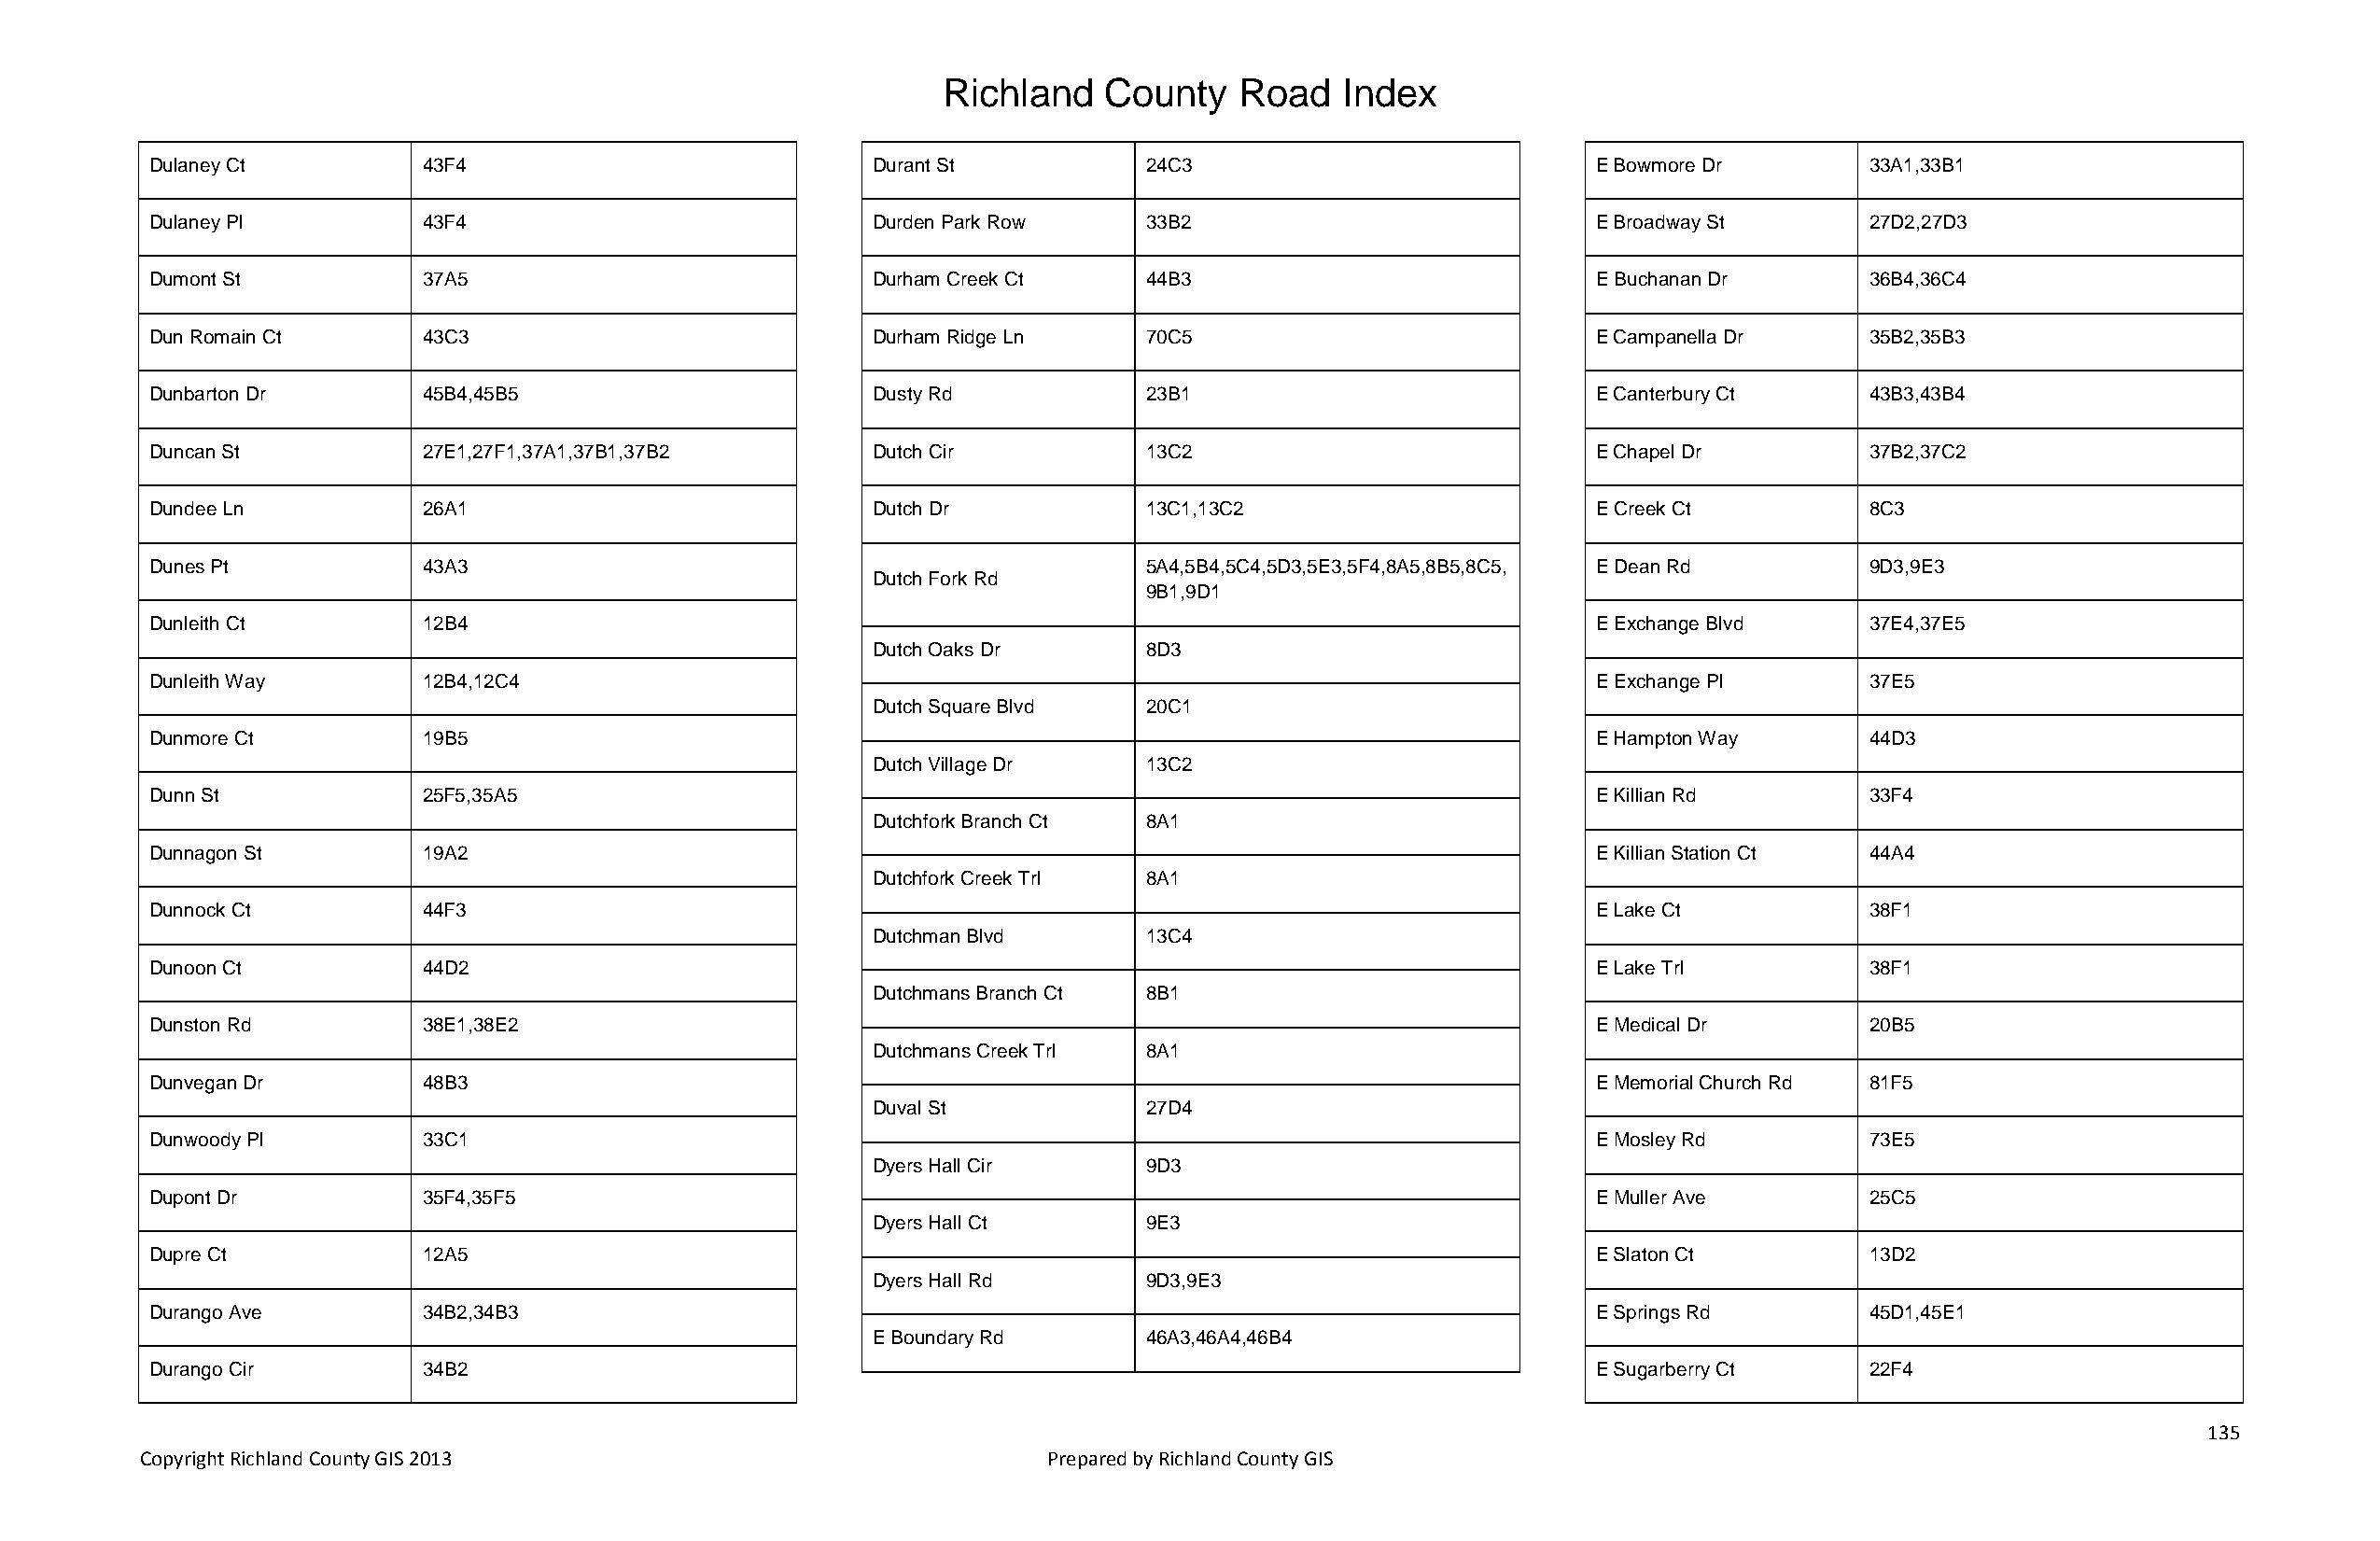
Richland   County    Road   Index
 Dulaney Ct         43F4                            Durant St          24C3                            E Bowmore Dr        33A1,33B1
 Dulaney Pl         43F4                            Durden Park Row    33B2                            E Broadway St       27D2,27D3
 Dumont St          37A5                            Durham Creek Ct    44B3                            E Buchanan Dr       36B4,36C4
 Dun Romain Ct      43C3                            Durham Ridge Ln    70C5                            E Campanella Dr     35B2,35B3
 Dunbarton Dr       45B4,45B5                       Dusty Rd           23B1                            E Canterbury Ct     43B3,43B4
 Duncan St          27E1,27F1,37A1,37B1,37B2        Dutch Cir          13C2                            E Chapel Dr         37B2,37C2
 Dundee Ln          26A1                            Dutch Dr           13C1,13C2                       E Creek Ct          8C3
 Dunes Pt           43A3                                               5A4,5B4,5C4,5D3,5E3,5F4,8A5,8B5,8C5, E Dean Rd      9D3,9E3
 Dutch Fork Rd
 9B1,9D1
 Dunleith Ct        12B4                                                                               E Exchange Blvd     37E4,37E5
 Dutch Oaks Dr      8D3
 Dunleith Way       12B4,12C4                                                                          E Exchange Pl       37E5
 Dutch Square Blvd  20C1
 Dunmore Ct         19B5                                                                               E Hampton Way       44D3
 Dutch Village Dr   13C2
 Dunn St            25F5,35A5                                                                          E Killian Rd        33F4
 Dutchfork Branch Ct 8A1
 Dunnagon St        19A2                                                                               E Killian Station Ct 44A4
 Dutchfork Creek Trl 8A1
 Dunnock Ct         44F3                                                                               E Lake Ct           38F1
 Dutchman Blvd      13C4
 Dunoon Ct          44D2                                                                               E Lake Trl          38F1
 Dutchmans Branch Ct 8B1
 Dunston Rd         38E1,38E2                                                                          E Medical Dr        20B5
 Dutchmans Creek Trl 8A1
 Dunvegan Dr        48B3                                                                               E Memorial Church Rd 81F5
 Duval St           27D4
 Dunwoody Pl        33C1                                                                               E Mosley Rd         73E5
 Dyers Hall Cir     9D3
 Dupont Dr          35F4,35F5                                                                          E Muller Ave        25C5
 Dyers Hall Ct      9E3
 Dupre Ct           12A5                                                                               E Slaton Ct         13D2
 Dyers Hall Rd      9D3,9E3
 Durango Ave        34B2,34B3                                                                          E Springs Rd        45D1,45E1
 E Boundary Rd      46A3,46A4,46B4
 Durango Cir        34B2                                                                               E Sugarberry Ct     22F4
 135
 Copyright Richland County GIS 2013                              Prepared by Richland County GIS